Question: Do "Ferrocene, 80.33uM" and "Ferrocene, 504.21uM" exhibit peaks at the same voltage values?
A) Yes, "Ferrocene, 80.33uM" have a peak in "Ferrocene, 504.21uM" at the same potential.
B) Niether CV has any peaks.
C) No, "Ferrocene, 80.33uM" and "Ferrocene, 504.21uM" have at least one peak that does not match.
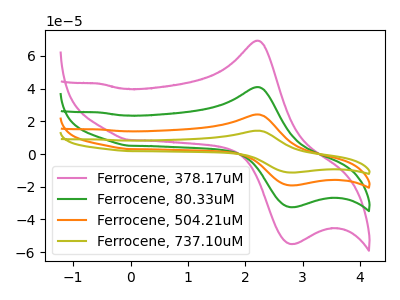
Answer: <think>The pink curve "Ferrocene, 378.17uM" has an anodic peak at (2.20V, 69.25uA) and a cathodic peak at (2.80V, -54.95uA). The green curve "Ferrocene, 80.33uM" has an anodic peak at (2.20V, 40.90uA) and a cathodic peak at (2.80V, -32.45uA). The orange curve "Ferrocene, 504.21uM" has an anodic peak at (2.20V, 81.85uA) and a cathodic peak at (2.80V, -64.95uA). The olive curve "Ferrocene, 737.10uM" has an anodic peak at (2.20V, 122.75uA) and a cathodic peak at (2.80V, -97.40uA).</think>
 <answer>A) Yes, "Ferrocene, 80.33uM" have a peak in "Ferrocene, 504.21uM" at the same potential.</answer>
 <eval>A</eval>